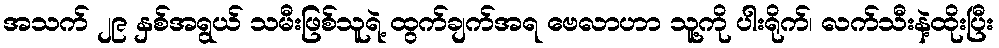
အသက် ၂၉ နှစ်အရွယ် သမီးဖြစ်သူရဲ့ ထွက်ချက်အရ ဗေလာဟာ သူ့ကို ပါးရိုက်၊ လက်သီးနဲ့ထိုးပြီး